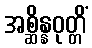
အစ္ဆိန္နဝုတ္တိံ